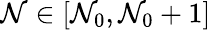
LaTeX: \mathcal{N}\in[\mathcal{N}_{0},\mathcal{N}_{0}+1]